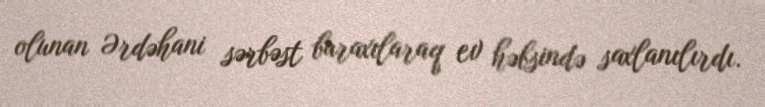
olunan Ərdəhani sərbəst buraxılaraq ev həbsində saxlanılırdı.